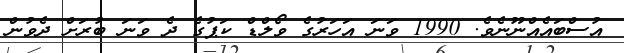
އުސްބައެއްނޫނެވެ. 1990 ވަނަ އަހަރުގެ ވޯލްޑް ކަޕުގެ ދެ ވަނަ ބުރަށް ދެވުން